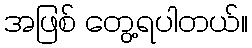
အဖြစ် တွေ့ရပါတယ်။